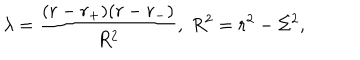
LaTeX: \lambda = \frac { ( r - r _ { + } ) ( r - r _ { - } ) } { R ^ { 2 } } , \; R ^ { 2 } = r ^ { 2 } - \Sigma ^ { 2 } ,